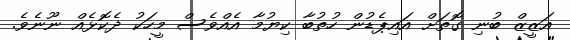
އަޒީޒް ބުނި ގޮތަށް އައިޕެޑުން ހުތުބާ ކިޔުމާ އެއްވެސް މީހަކު ދެކޮޅެއް ނޫނެވެ.